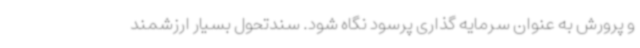
و پرورش به عنوان سرمایه گذاری پرسود نگاه شود. سندتحول بسیار ارزشمند